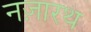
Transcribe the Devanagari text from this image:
नज़ारथ